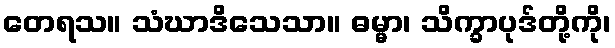
တေရသ။ သံဃာဒိသေသာ။ ဓမ္မာ၊ သိက္ခာပုဒ်တို့ကို၊